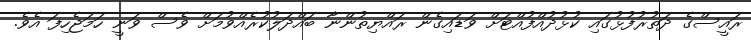
ރައީސްގެ ދަތުރުފުޅުގައި ކުޅުދުއްފުއްޓަށް ވަޑައިގެން ރައްޔިތުންނާ ބައްދަލުކުރެއްވުމަށް ވެސް ވަނީ ހަމަޖެހިފަ އެވެ.